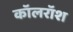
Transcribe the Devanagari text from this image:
कॉलरॉश